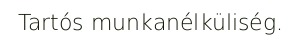
Tartós munkanélküliség.